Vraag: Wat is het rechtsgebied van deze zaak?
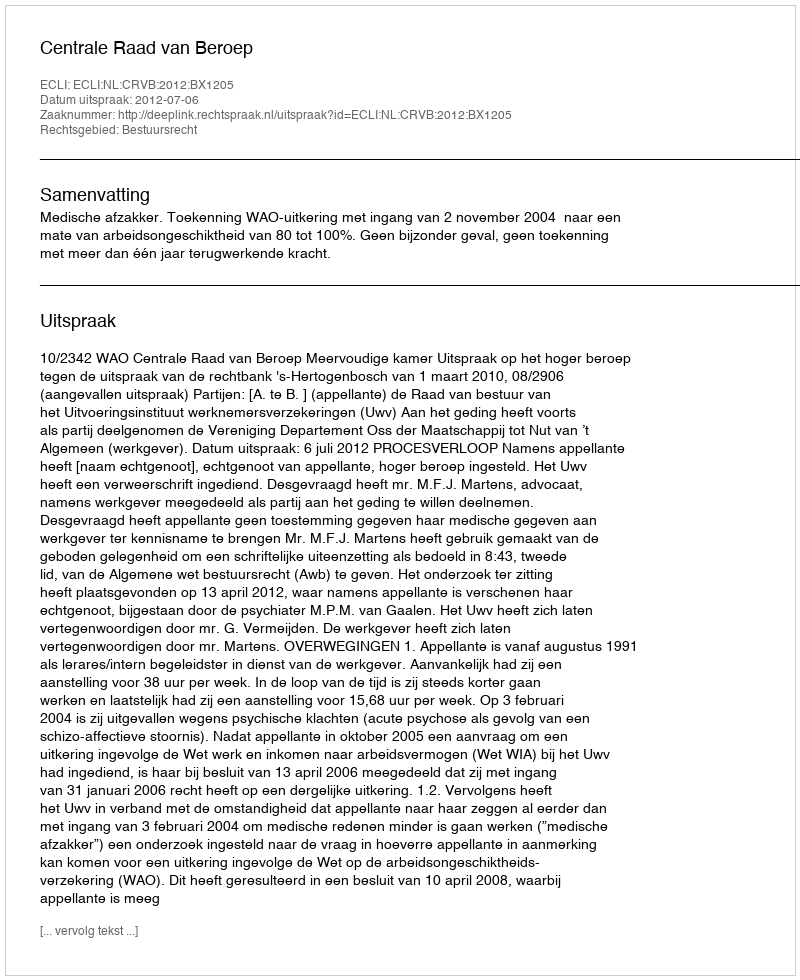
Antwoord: Bestuursrecht